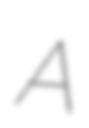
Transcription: A